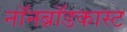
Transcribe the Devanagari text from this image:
नॉनब्रॉडकास्ट